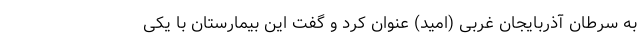
به سرطان آذربایجان غربی (امید) عنوان کرد و گفت این بیمارستان با یکی